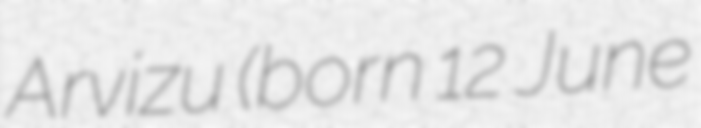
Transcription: Arvizu (born 12 June